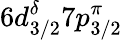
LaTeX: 6d_{3/2}^{\delta}7p_{3/2}^{\pi}